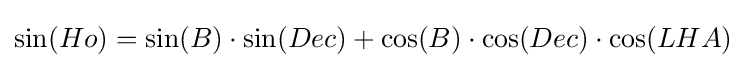
\sin(Ho)=\sin(B)\cdot \sin(Dec)+\cos(B)\cdot \cos(Dec)\cdot \cos(LHA)